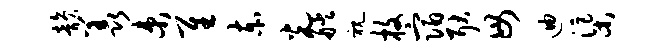
韵羡束隹赤光艋视枚宿耿毋迪渠